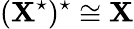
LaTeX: (\mathbf{X}^{\star})^{\star}\cong\mathbf{X}